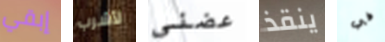
إبقي لأشرب عضني ينقذ في